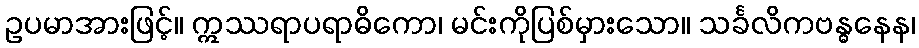
ဥပမာအားဖြင့်။ ဣဿရာပရာဓိကော၊ မင်းကိုပြစ်မှားသော။ သင်္ခလိကဗန္ဓနေန၊